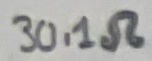
Text: 30.1Ω